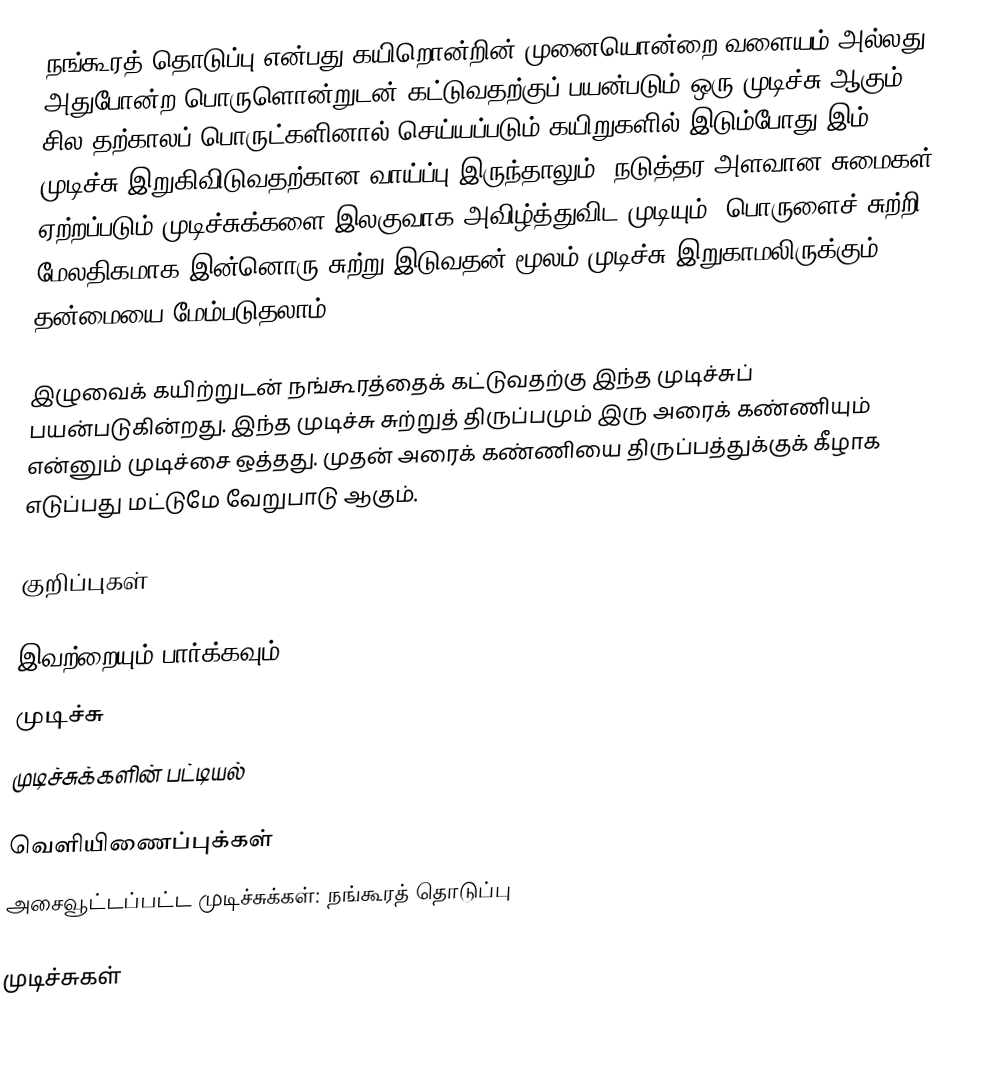
நங்கூரத் தொடுப்பு என்பது கயிறொன்றின் முனையொன்றை வளையம் அல்லது அதுபோன்ற பொருளொன்றுடன் கட்டுவதற்குப் பயன்படும் ஒரு முடிச்சு ஆகும். சில தற்காலப் பொருட்களினால் செய்யப்படும் கயிறுகளில் இடும்போது இம் முடிச்சு இறுகிவிடுவதற்கான வாய்ப்பு இருந்தாலும், நடுத்தர அளவான சுமைகள் ஏற்றப்படும் முடிச்சுக்களை இலகுவாக அவிழ்த்துவிட முடியும். பொருளைச் சுற்றி மேலதிகமாக இன்னொரு சுற்று இடுவதன் மூலம் முடிச்சு இறுகாமலிருக்கும் தன்மையை மேம்படுதலாம்.

இழுவைக் கயிற்றுடன் நங்கூரத்தைக் கட்டுவதற்கு இந்த முடிச்சுப் பயன்படுகின்றது. இந்த முடிச்சு சுற்றுத் திருப்பமும் இரு அரைக் கண்ணியும் என்னும் முடிச்சை ஒத்தது. முதன் அரைக் கண்ணியை திருப்பத்துக்குக் கீழாக எடுப்பது மட்டுமே வேறுபாடு ஆகும்.

குறிப்புகள்

இவற்றையும் பார்க்கவும்
 முடிச்சு
 முடிச்சுக்களின் பட்டியல்

வெளியிணைப்புக்கள்
அசைவூட்டப்பட்ட முடிச்சுக்கள்: நங்கூரத் தொடுப்பு

முடிச்சுகள்